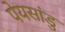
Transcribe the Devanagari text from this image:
पेयसांडु